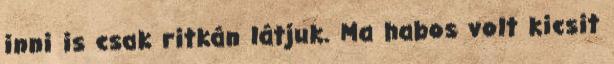
inni is csak ritkán látjuk. Ma habos volt kicsit